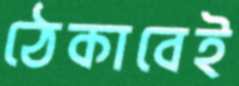
ঠেকাবেই